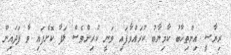
ރިޔާސީ އިންތިހާބު ކާމިޔާބު ކުރައްވާފައި ވަނީ ކުރިންވެސް ލަފާ ކޮށްފައި ވާ ފަދައިން